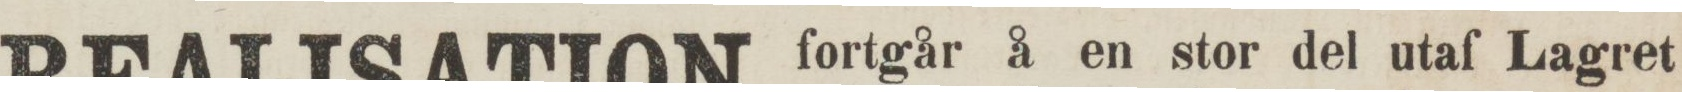
REALISATION fortgår å en stor del utaſ Lagret